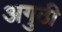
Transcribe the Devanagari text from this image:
अगुठी